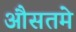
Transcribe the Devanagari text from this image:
औसतमे